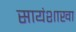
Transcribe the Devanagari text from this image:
सायंशाखा